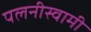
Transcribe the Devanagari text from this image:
पलनीस्वामी